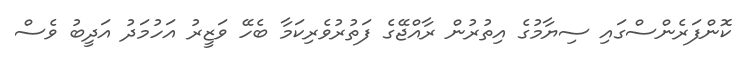
ކޮންފަރެންސްގައި ސިޔާމުގެ އިތުރުން ރާއްޖޭގެ ފަތުރުވެރިކަމާ ބެހޭ ވަޒީރު އަހުމަދު އަދީބު ވެސް